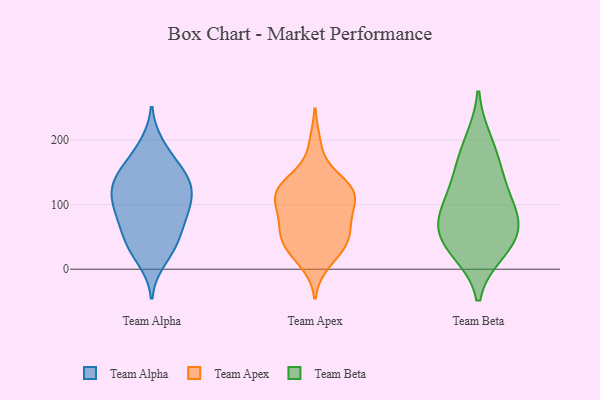
{"axis": {"x": "Conversion Rate (%)", "y": "Value"}, "legend": ["Team Alpha", "Team Apex", "Team Beta"], "data": [{"x": "", "y": 146, "type": "Team Alpha"}, {"x": "", "y": 109, "type": "Team Alpha"}, {"x": "", "y": 81, "type": "Team Alpha"}, {"x": "", "y": 38, "type": "Team Alpha"}, {"x": "", "y": 109, "type": "Team Alpha"}, {"x": "", "y": 14, "type": "Team Alpha"}, {"x": "", "y": 147, "type": "Team Alpha"}, {"x": "", "y": 145, "type": "Team Alpha"}, {"x": "", "y": 41, "type": "Team Alpha"}, {"x": "", "y": 128, "type": "Team Alpha"}, {"x": "", "y": 145, "type": "Team Alpha"}, {"x": "", "y": 121, "type": "Team Alpha"}, {"x": "", "y": 34, "type": "Team Alpha"}, {"x": "", "y": 86, "type": "Team Alpha"}, {"x": "", "y": 180, "type": "Team Alpha"}, {"x": "", "y": 61, "type": "Team Alpha"}, {"x": "", "y": 103, "type": "Team Alpha"}, {"x": "", "y": 78, "type": "Team Alpha"}, {"x": "", "y": 192, "type": "Team Alpha"}, {"x": "", "y": 37, "type": "Team Apex"}, {"x": "", "y": 91, "type": "Team Apex"}, {"x": "", "y": 63, "type": "Team Apex"}, {"x": "", "y": 136, "type": "Team Apex"}, {"x": "", "y": 125, "type": "Team Apex"}, {"x": "", "y": 46, "type": "Team Apex"}, {"x": "", "y": 103, "type": "Team Apex"}, {"x": "", "y": 98, "type": "Team Apex"}, {"x": "", "y": 121, "type": "Team Apex"}, {"x": "", "y": 62, "type": "Team Apex"}, {"x": "", "y": 125, "type": "Team Apex"}, {"x": "", "y": 129, "type": "Team Apex"}, {"x": "", "y": 193, "type": "Team Apex"}, {"x": "", "y": 40, "type": "Team Apex"}, {"x": "", "y": 69, "type": "Team Apex"}, {"x": "", "y": 27, "type": "Team Apex"}, {"x": "", "y": 11, "type": "Team Apex"}, {"x": "", "y": 118, "type": "Team Apex"}, {"x": "", "y": 199, "type": "Team Beta"}, {"x": "", "y": 28, "type": "Team Beta"}, {"x": "", "y": 111, "type": "Team Beta"}, {"x": "", "y": 57, "type": "Team Beta"}, {"x": "", "y": 74, "type": "Team Beta"}, {"x": "", "y": 165, "type": "Team Beta"}, {"x": "", "y": 92, "type": "Team Beta"}, {"x": "", "y": 32, "type": "Team Beta"}, {"x": "", "y": 139, "type": "Team Beta"}, {"x": "", "y": 62, "type": "Team Beta"}]}